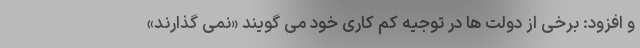
و افزود: برخی از دولت ها در توجیه کم کاری خود می گویند «نمی گذارند»